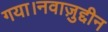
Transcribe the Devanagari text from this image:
गया।नवाज़ुद्दीन